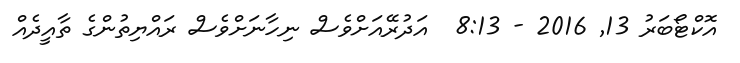
އޮކްޓޯބަރު 13